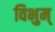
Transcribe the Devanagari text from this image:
विभुम्‌